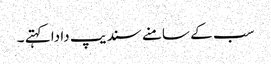
سب کے سامنے سندیپ دا دا کہتے ۔